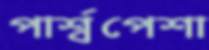
পার্শ্বপেশা